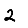
Digit: 2